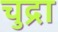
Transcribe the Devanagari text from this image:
चुद्रा